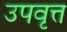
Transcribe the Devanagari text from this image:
उपवृत्त